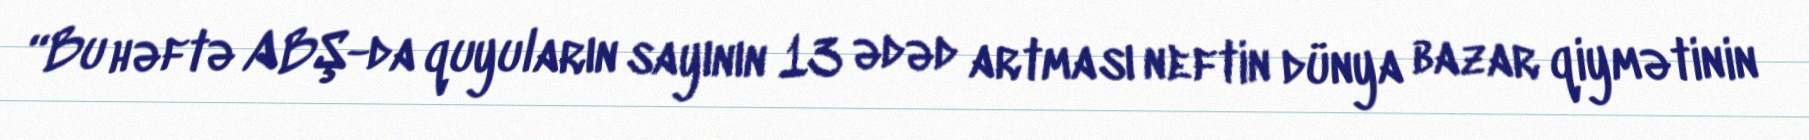
“Bu həftə ABŞ-da quyuların sayının 13 ədəd artması neftin dünya bazar qiymətinin